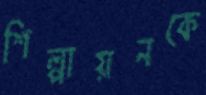
শিল্পায়নকে